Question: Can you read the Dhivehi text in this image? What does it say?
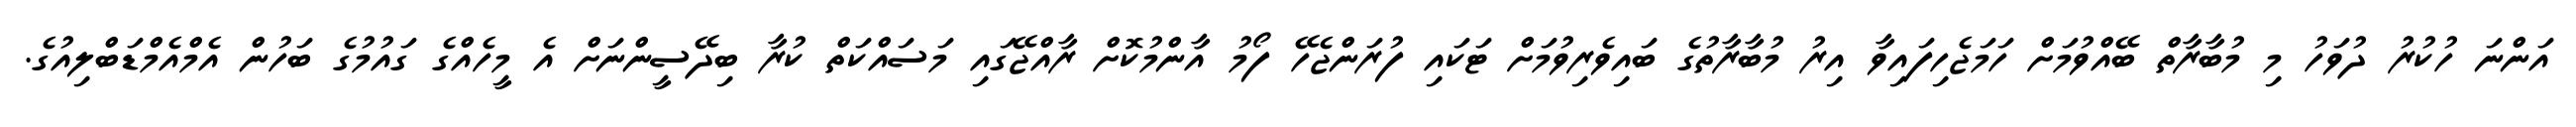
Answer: އަންނަ ހުކުރު ދުވަހު މި މުބާރާތް ބޭއްވުމަށް ހަމަޖެހިފައިވާ އިރު މުބާރާތުގެ ބައިވެރިވުމަށް ޓަކައި ފުރަންޖެހޭ ފޯމު އާންމުކޮށް ރާއްޖޭގައި މަސައްކަތް ކުރާ ބިދޭސީންނަށް އެ މީހެއްގެ ގައުމުގެ ބަހުން އެމްއެމްޑަބްލިއުގެ.